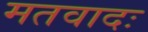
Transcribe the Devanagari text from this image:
मतवादः